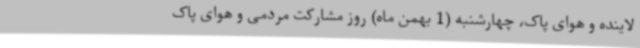
لاینده و هوای پاک، چهارشنبه (1 بهمن ماه) روز مشارکت مردمی و هوای پاک